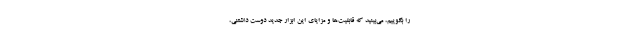
را بگوییم، می‌بینید که قابلیت‌ها و مزایای این ابزار جدید دوست داشتنی،